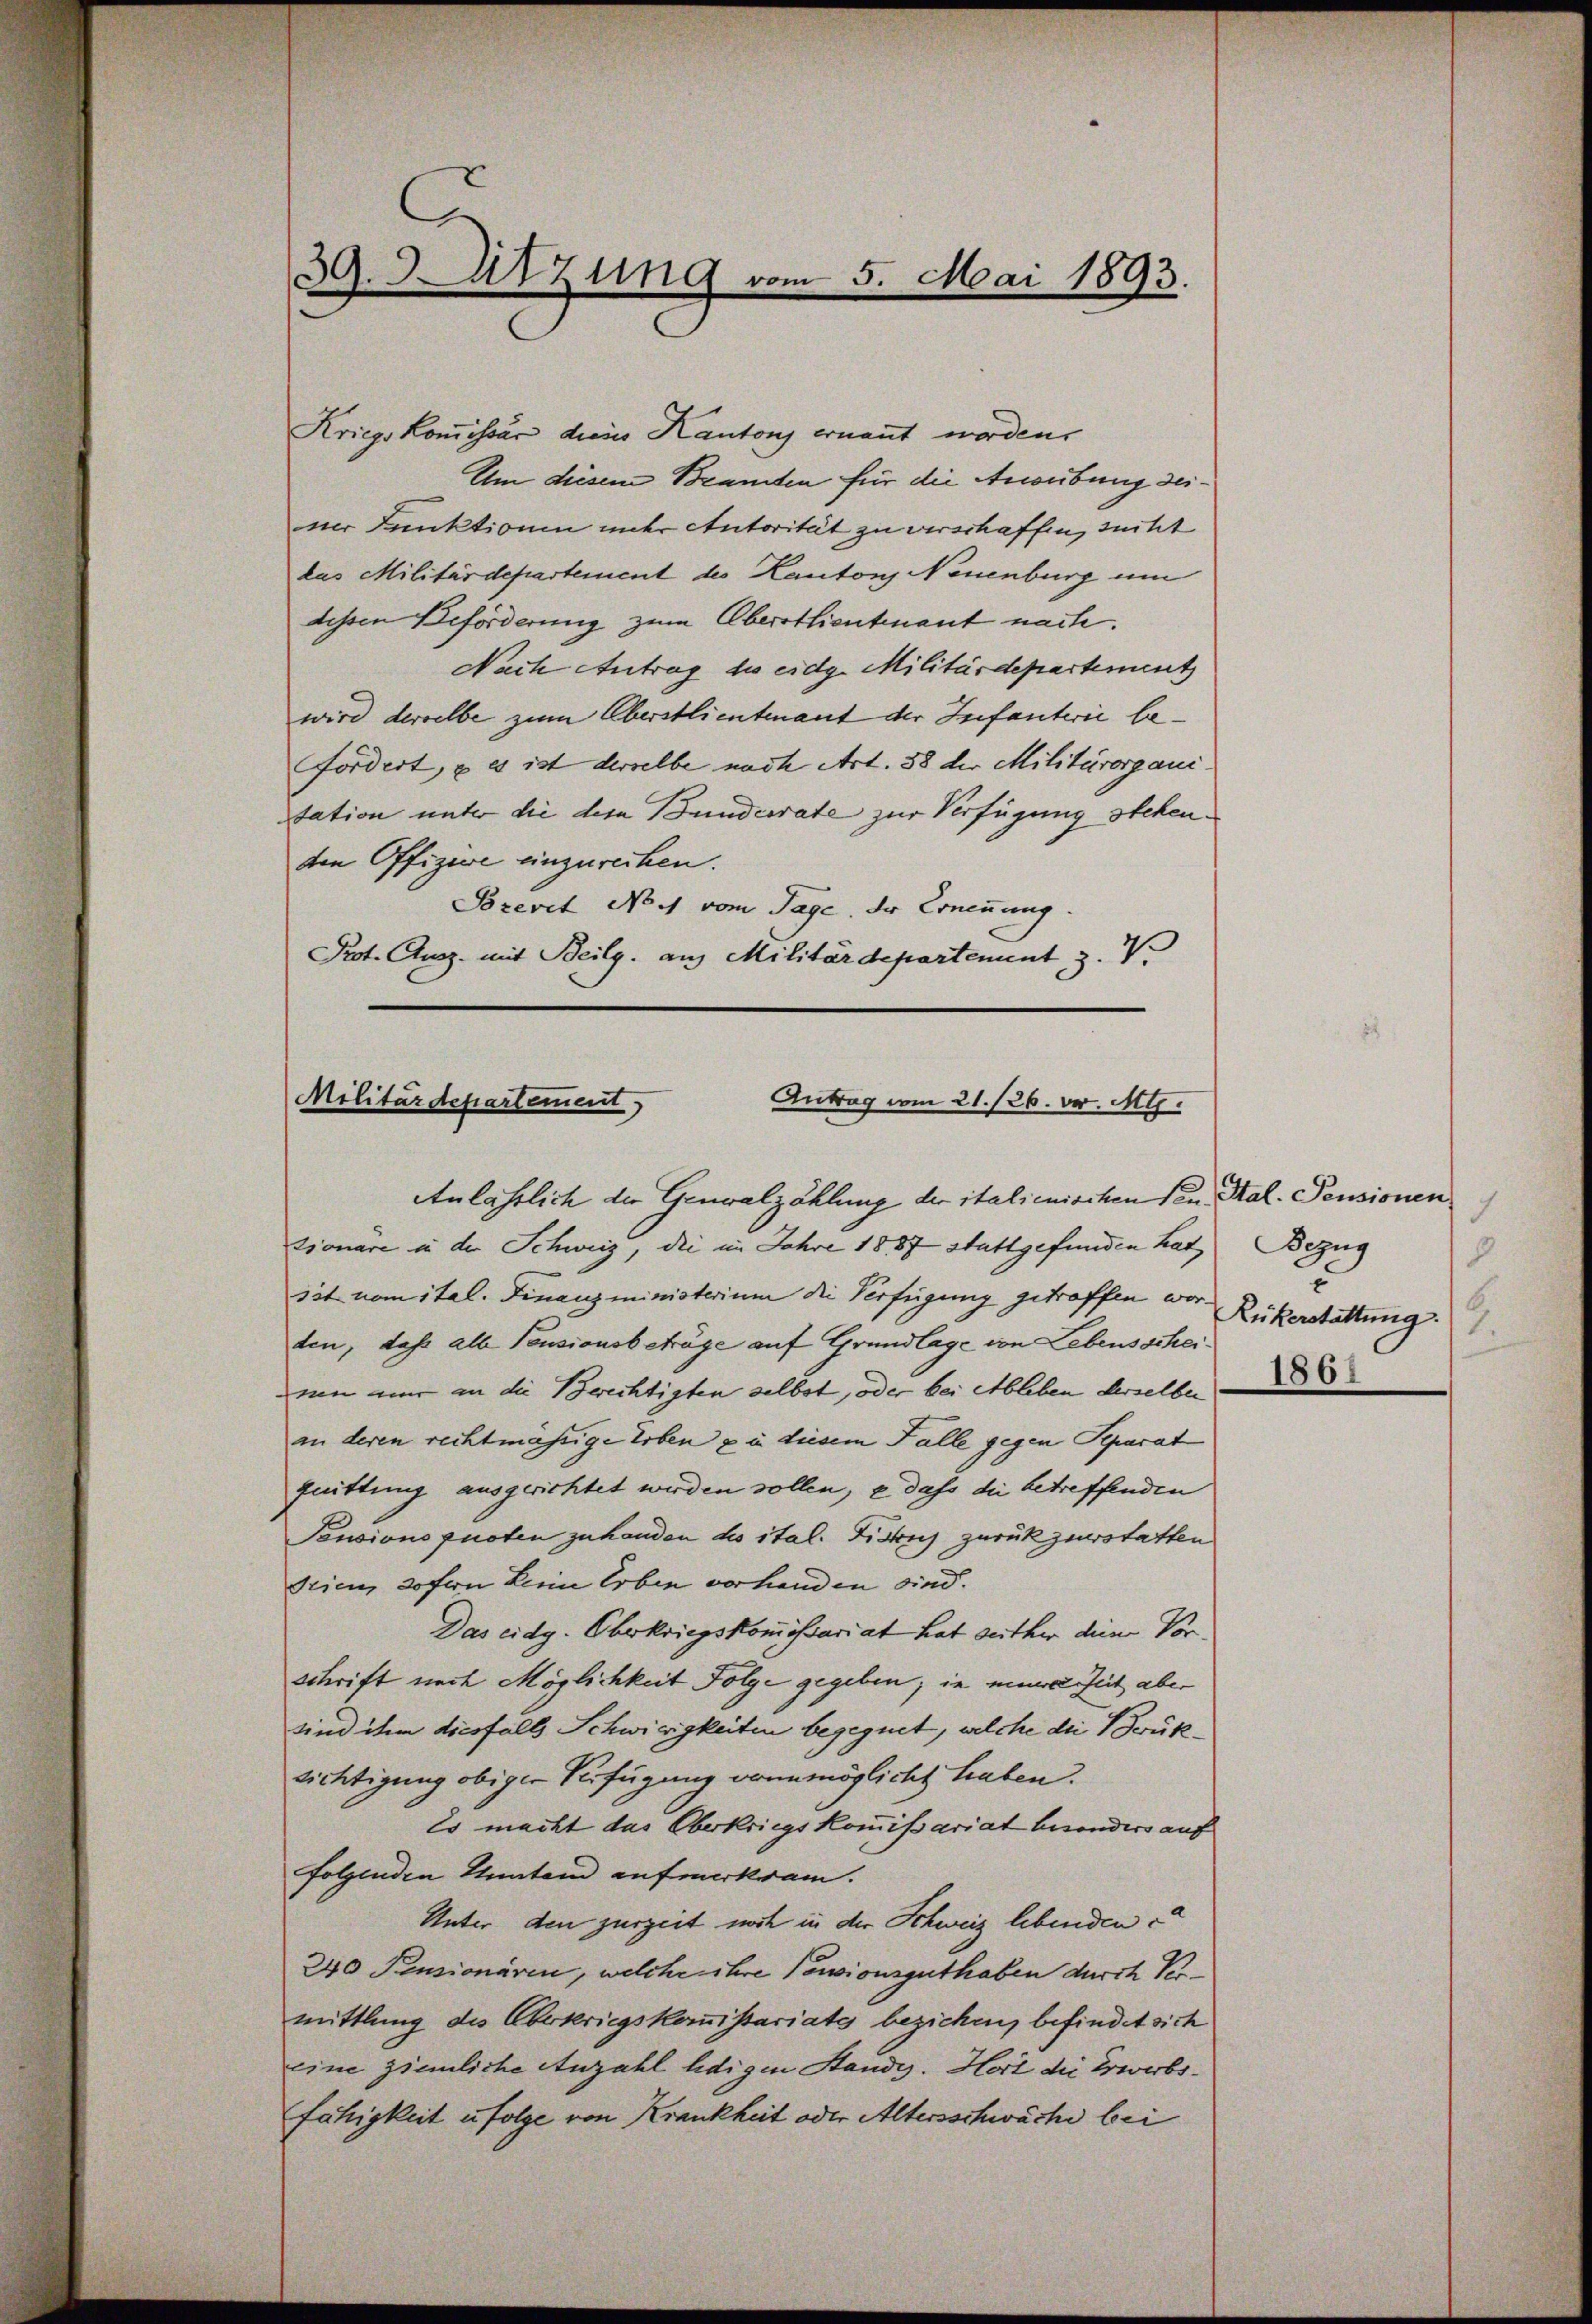
Kriegs Komissär drei Kantons ernannt worden.
Um diesem Beamten für die Anweibung seiner Funktionen under Autorität zu verschaffen, sucht
das Militärdepartement des Kantons Neuenburg um
dessen Beförderung zum Oberstlieutnant nach.
Nach Antrag die eidg. Militärdepartement
wird derselbe zum Oberstlieutenant der Infanterie be¬
Fordert, & es ist derselbe nach Art. 38 der Militärorganitation unter die des Bundesrate zur Verfügung stehenden Offizien einzurechen.
Brevet Noch vom Tage, dr Ernennung.
Prot. Ausz. mit Beilg. aus Militärdepartement z. V.

39.d Sitzung vom 5. Mai 1893.
.

Militärdepartement)
Antrag vom 21./26. Dr. Al.

Anlässlich die Genwalzählung der italienischen Ven. Kal-Pensionen
tionäre u der Schweiz, die im Jahre 1887 stattgefunden hat Bezug
sit nom ital. Finanzministerium die Verfügung getroffen worden, daß alle Pensionsbeträge auf Grundlage von Lebensscheinen mir an die Berechtigten selbst, oder bei Ableben derselben
an deren rechtmässige Erben zu diesem Falle gegen Peparat
quittung ausgerichtet werden sollen, & dass die betreffenden
Pensions guoten zuhanden des ital. Fiskus zurückzuerstatten
drien, so fern Leine Erben vorhanden sind.
Das eidg. Oberkriegskommissariat hat seither dein Vor¬
Schrift nach Möglichkeit Folge gegeben; in meine Zeit aber
sind ihm diesfalls Schwierigkeiten begegnet, welche die Brük¬
Richtigung obiger Verfügung vonmöglicht haben.
Es macht das Oberkriegskommißariat besonders auf
folgenden Umstand aufmerksam.
Unter den zurzeit noch in der Schweiz lebenden
240 Pensionären, welche ihre Consionsguthaben durch Vermittlung des Oberkriegskommissariats beziehen, befindet sich
eine ziemliche Anzahl ledigen Stande. Hort die Erwerbsfähigkeit u folge von Krankheit oder Altersschwäche bei

7
8
x
b.
Rükerstattung.
1
1861